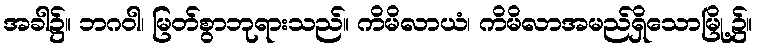
အခါ၌။ ဘဂဝါ၊ မြတ်စွာဘုရားသည်။ ကိမိလာယံ၊ ကိမိလာအမည်ရှိသောမြို့၌။